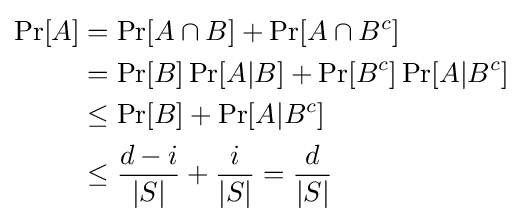
{\begin{aligned}\Pr[A]&=\Pr[A\cap B]+\Pr[A\cap B^{c}]\\&=\Pr[B]\Pr[A|B]+\Pr[B^{c}]\Pr[A|B^{c}]\\&\leq \Pr[B]+\Pr[A|B^{c}]\\&\leq {\frac {d-i}{|S|}}+{\frac {i}{|S|}}={\frac {d}{|S|}}\end{aligned}}